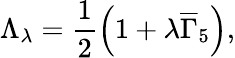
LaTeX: \Lambda_{\lambda}=\frac 12\left(1+\lambda\overline{{{\Gamma}}}_{5}\right),